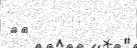
٢٠